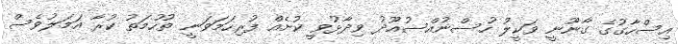
އިސްހާގުގެ ގާނޫނީ ވަކީލު ހުސްނުއްސުއޫދު ވިދާޅުވީ ކުށެއް ފުރިހަމަވަނީ ތުހުމަތު ކުރާ އަމަލުވެސް